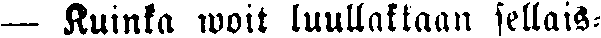
— Kuinka woit luullakkaan sellais-